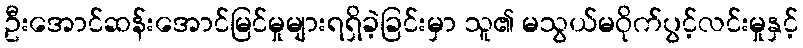
ဦးအောင်ဆန်းအောင်မြင်မှုများရရှိခဲ့ခြင်းမှာ သူ၏ မသွယ်မဝိုက်ပွင့်လင်းမှုနှင့်